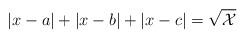
LaTeX: \begin{align*}\left|x-a\right|+\left|x-b\right|+\left|x-c\right|=\sqrt{\mathcal{X}}\end{align*}